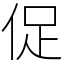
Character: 促